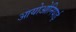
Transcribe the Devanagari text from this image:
आयोओनियाई